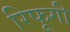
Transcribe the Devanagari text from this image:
रिफूगी